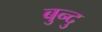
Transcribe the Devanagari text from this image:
बुन्दु